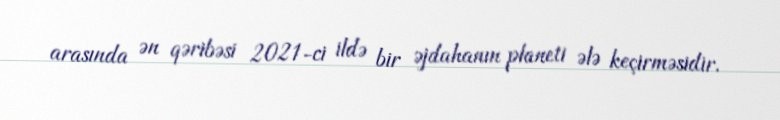
arasında ən qəribəsi 2021-ci ildə bir əjdahanın planeti ələ keçirməsidir.